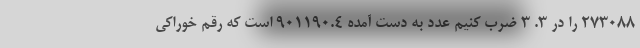
273088 را در 3. 3 ضرب کنیم عدد به دست آمده 901190.4 است که رقم خوراکی